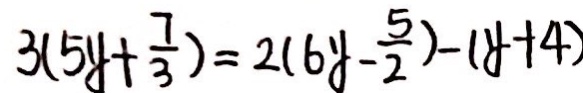
3 ( 5 y + \frac { 7 } { 3 } ) = 2 ( 6 y - \frac { 5 } { 2 } ) - ( y + 4 )